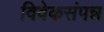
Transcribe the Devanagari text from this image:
विवेकसंपन्न